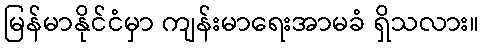
မြန်မာနိုင်ငံမှာ ကျန်းမာရေးအာမခံ ရှိသလား။